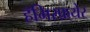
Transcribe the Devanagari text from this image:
हॅमिस्फ़्येर